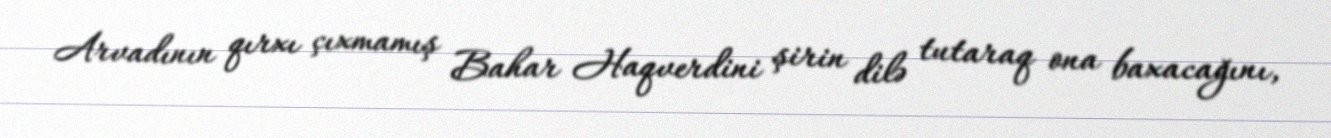
Arvadının qırxı çıxmamış Bahar Haqverdini şirin dilə tutaraq ona baxacağını,